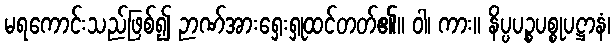
မရကောင်းသည်ဖြစ်၍ ဉာဏ်အားရှေးရှုထင်တတ်၏။ ဝါ၊ ကား။ နိပ္ပပဉ္စပစ္စုပဋ္ဌာနံ၊